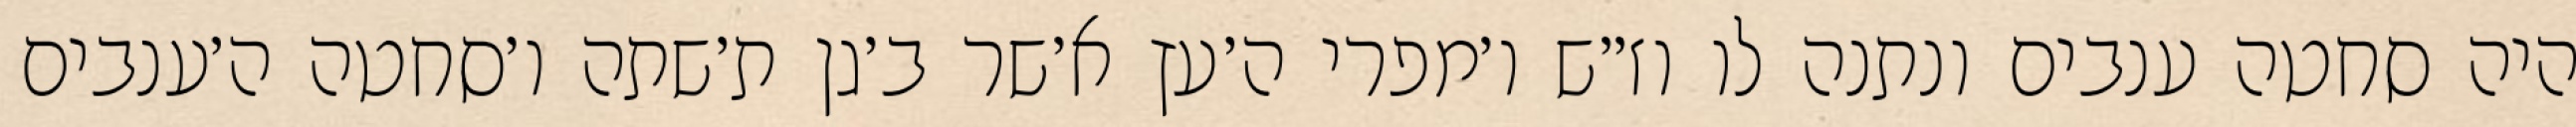
היה סחטה ענבים ונתנה לו וז״ש ו׳מפרי ה׳עץ א׳שר ב׳גן ת׳שתה ו׳סחטה ה׳ענבים